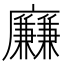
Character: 𢌍